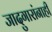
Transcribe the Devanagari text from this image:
जादुगारांनाही